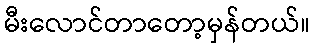
မီးလောင်တာတော့မှန်တယ်။